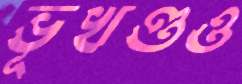
ভূখণ্ডও